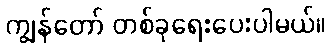
ကျွန်တော် တစ်ခုရေးပေးပါမယ်။